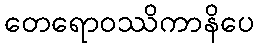
တေရောဝဿိကာနိပေ